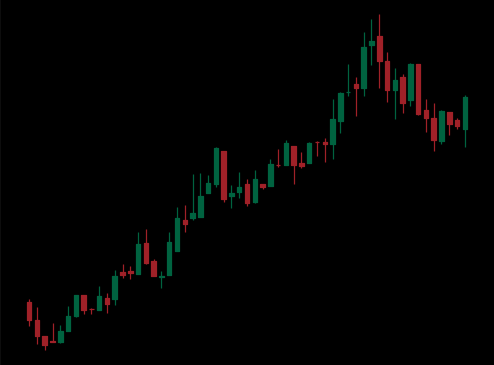
Pattern: bear_flag